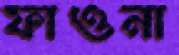
ফাওনা